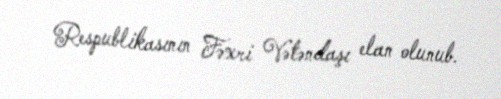
Respublikasının Fəxri Vətəndaşı elan olunub.